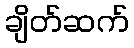
ချိတ်ဆက်